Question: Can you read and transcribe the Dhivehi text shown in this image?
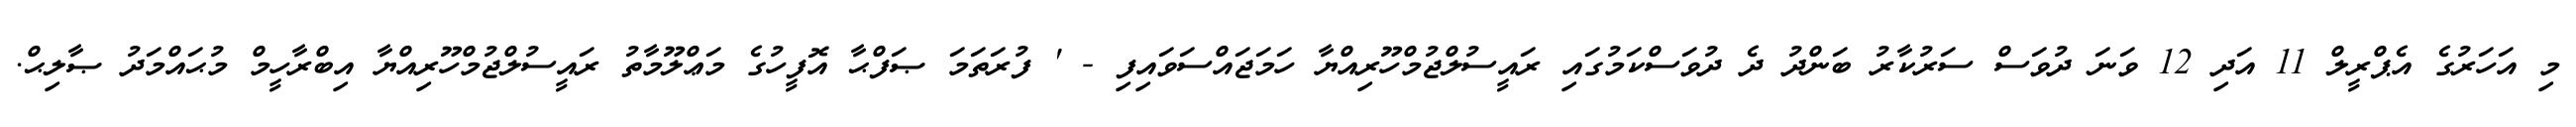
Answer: މި އަހަރުގެ އެޕްރީލް 11 އަދި 12 ވަނަ ދުވަސް ސަރުކާރު ބަންދު ދެ ދުވަސްކަމުގައި ރައީސުލްޖުމްހޫރިއްޔާ ހަމަޖައްސަވައިފި - ' ފުރަތަމަ ޞަފްޙާ އޮފީހުގެ މަޢްލޫމާތު ރައީސުލްޖުމްހޫރިއްޔާ އިބްރާހީމް މުޙައްމަދު ޞާލިޙް.